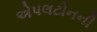
એપલટોનની